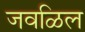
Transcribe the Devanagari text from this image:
जवळिल